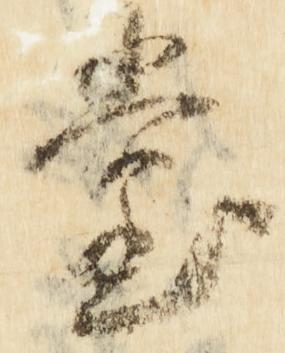
堂